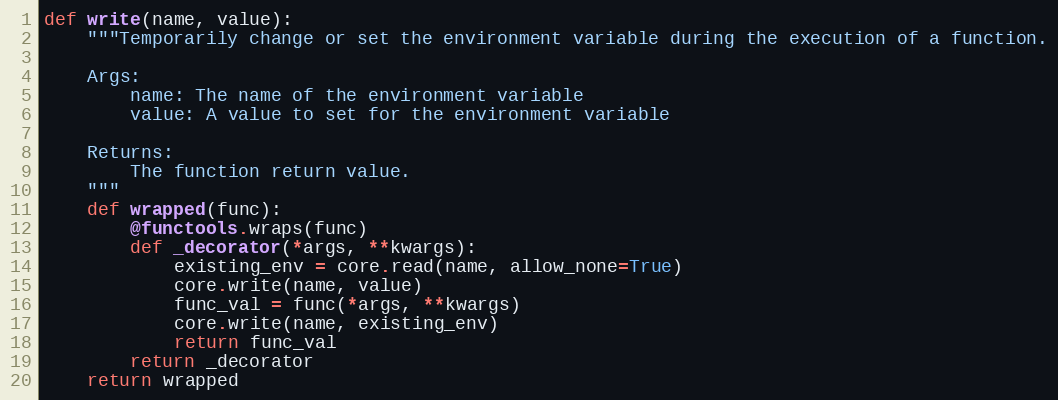
Language: Python
def write(name, value):
    """Temporarily change or set the environment variable during the execution of a function.

    Args:
        name: The name of the environment variable
        value: A value to set for the environment variable

    Returns:
        The function return value.
    """
    def wrapped(func):
        @functools.wraps(func)
        def _decorator(*args, **kwargs):
            existing_env = core.read(name, allow_none=True)
            core.write(name, value)
            func_val = func(*args, **kwargs)
            core.write(name, existing_env)
            return func_val
        return _decorator
    return wrapped